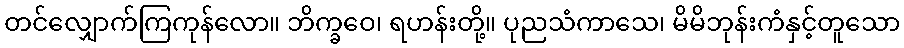
တင်လျှောက်ကြကုန်လော။ ဘိက္ခဝေ၊ ရဟန်းတို့။ ပုညသံကာသေ၊ မိမိဘုန်းကံနှင့်တူသော